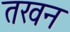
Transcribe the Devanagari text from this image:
तखन